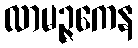
လာမဉ္ဇကေန